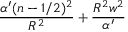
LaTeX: \frac { \alpha ^ { \prime } ( n - 1 / 2 ) ^ { 2 } } { R ^ { 2 } } + \frac { R ^ { 2 } w ^ { 2 } } { \alpha ^ { \prime } }